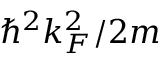
\hbar ^ { 2 } k _ { F } ^ { 2 } / 2 m